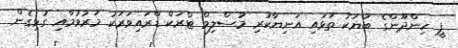
ޕީ ހިންދޫންގެ ބަޔަކު ތަޅައި އަނިޔާކުރި މުސްލިމް ޓްރަކް ޑްރައިވަރަކު މަރުވުމާއި ގުޅިގެން